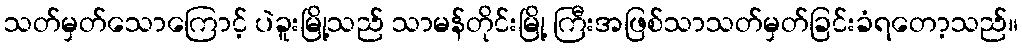
သတ်မှတ်သောကြောင့် ပဲခူးမြို့သည် သာမန်တိုင်းမြို့ ကြီးအဖြစ်သာသတ်မှတ်ခြင်းခံရတော့သည်။